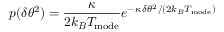
p ( \delta \theta ^ { 2 } ) = \frac { \kappa } { 2 k _ { B } T _ { \mathrm { { m o d e } } } } e ^ { - \kappa \, \delta \theta ^ { 2 } / ( 2 k _ { B } T _ { \mathrm { { m o d e } } } ) }